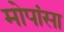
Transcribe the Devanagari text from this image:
मोपांसा